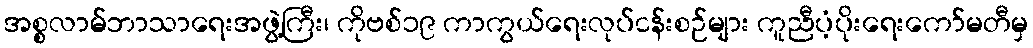
အစ္စလာမ်ဘာသာရေးအဖွဲ့ကြီး၊ ကိုဗစ်၁၉ ကာကွယ်ရေးလုပ်ငန်းစဉ်များ ကူညီပံ့ပိုးရေးကော်မတီမှ